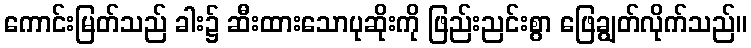
ကောင်းမြတ်သည် ခါး၌ ဆီးထားသောပုဆိုးကို ဖြည်းညင်းစွာ ဖြေချွတ်လိုက်သည်။